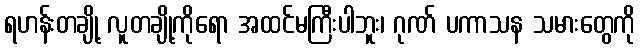
ရဟန်းတချို့ လူတချို့ကိုရော အထင်မကြီးပါဘူး၊ ဂုဏ် ပကာသန သမားတွေကို